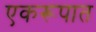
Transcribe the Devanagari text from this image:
एकरूपात